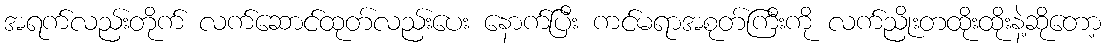
အရက်လည်းတိုက် လက်ဆောင်ထုတ်လည်းပေး နောက်ပြီး ကင်မရာအစုတ်ကြီးကို လက်ညိုးတထိုးထိုးနဲ့ဆိုတော့